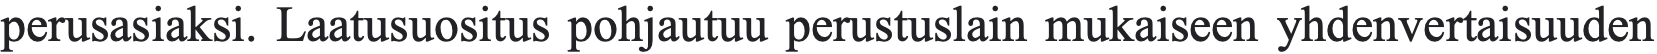
perusasiaksi. Laatusuositus pohjautuu perustuslain mukaiseen yhdenvertaisuuden